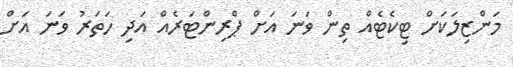
މަންޒިލަކަށް ޓިކެޓެއް ތިން ވަނަ އަށް ޕްރިންޓަރެއް އަދި ހަތަރު ވަނަ އަށް